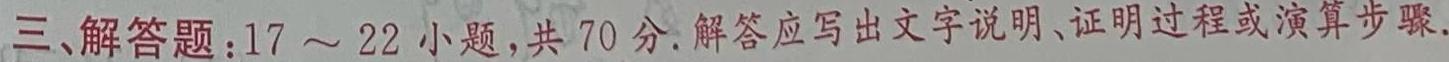
三、解答题：$17\sim 22$小题，共$70$分.解答应写出文字说明、证明过程或演算步骤.